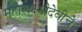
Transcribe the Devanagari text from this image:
महालक्ष्मीदेवीचे